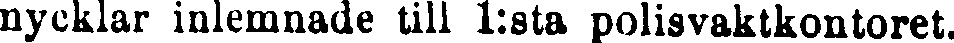
nycklar inlemnade till 1:sta polisvaktkontoret.